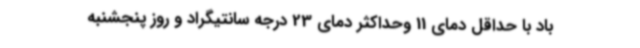
باد با حداقل دمای 11 وحداکثر دمای 23 درجه سانتیگراد و روز پنجشنبه